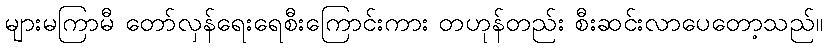
များမကြာမီ တော်လှန်ရေးရေစီးကြောင်းကား တဟုန်တည်း စီးဆင်းလာပေတော့သည်။